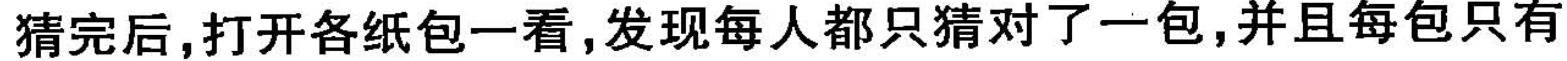
猜完后，打开各纸包一看，发现每人都只猜对了一包，并且每包只有